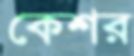
কেশর